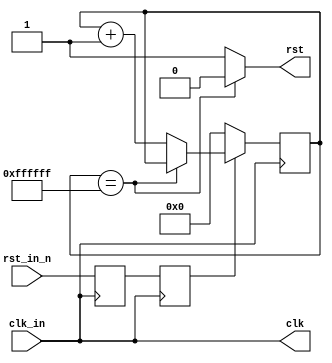
//
// clk_rst.v -- clock and reset generator
//


`timescale 1ns/10ps
`default_nettype none


module clk_rst(clk_in, rst_in_n,
               clk, rst);
    input clk_in;
    input rst_in_n;
    output clk;
    output rst;

  reg rst_p_n;
  reg rst_s_n;
  reg [23:0] rst_counter;
  wire rst_counting;

  //------------------------------------------------------------

  assign clk = clk_in;

  //------------------------------------------------------------

  assign rst_counting = (rst_counter == 24'hFFFFFF) ? 1'b0 : 1'b1;

  always @(posedge clk_in) begin
    rst_p_n <= rst_in_n;
    rst_s_n <= rst_p_n;
    if (~rst_s_n) begin
      rst_counter <= 24'h000000;
    end else begin
      if (rst_counting) begin
        rst_counter <= rst_counter + 24'h000001;
      end
    end
  end

  assign rst = rst_counting;

endmodule